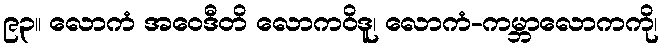
၉၃။ လောကံ အဝေဒီတိ လောကဝိဒူ၊ လောကံ-ကမ္ဘာလောကကို၊